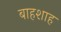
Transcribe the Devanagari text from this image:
बाहशाह